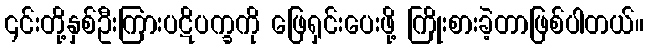
၎င်းတို့နှစ်ဦးကြားပဋိပက္ခကို ဖြေရှင်းပေးဖို့ ကြိုးစားခဲ့တာဖြစ်ပါတယ်။